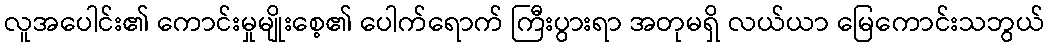
လူအပေါင်း၏ ကောင်းမှုမျိုးစေ့၏ ပေါက်ရောက် ကြီးပွားရာ အတုမရှိ လယ်ယာ မြေကောင်းသဘွယ်